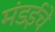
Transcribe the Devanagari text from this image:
मंडईचे